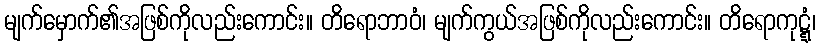
မျက်မှောက်၏အဖြစ်ကိုလည်းကောင်း။ တိရောဘာဝံ၊ မျက်ကွယ်အဖြစ်ကိုလည်းကောင်း။ တိရောကုဋ္ဋံ၊